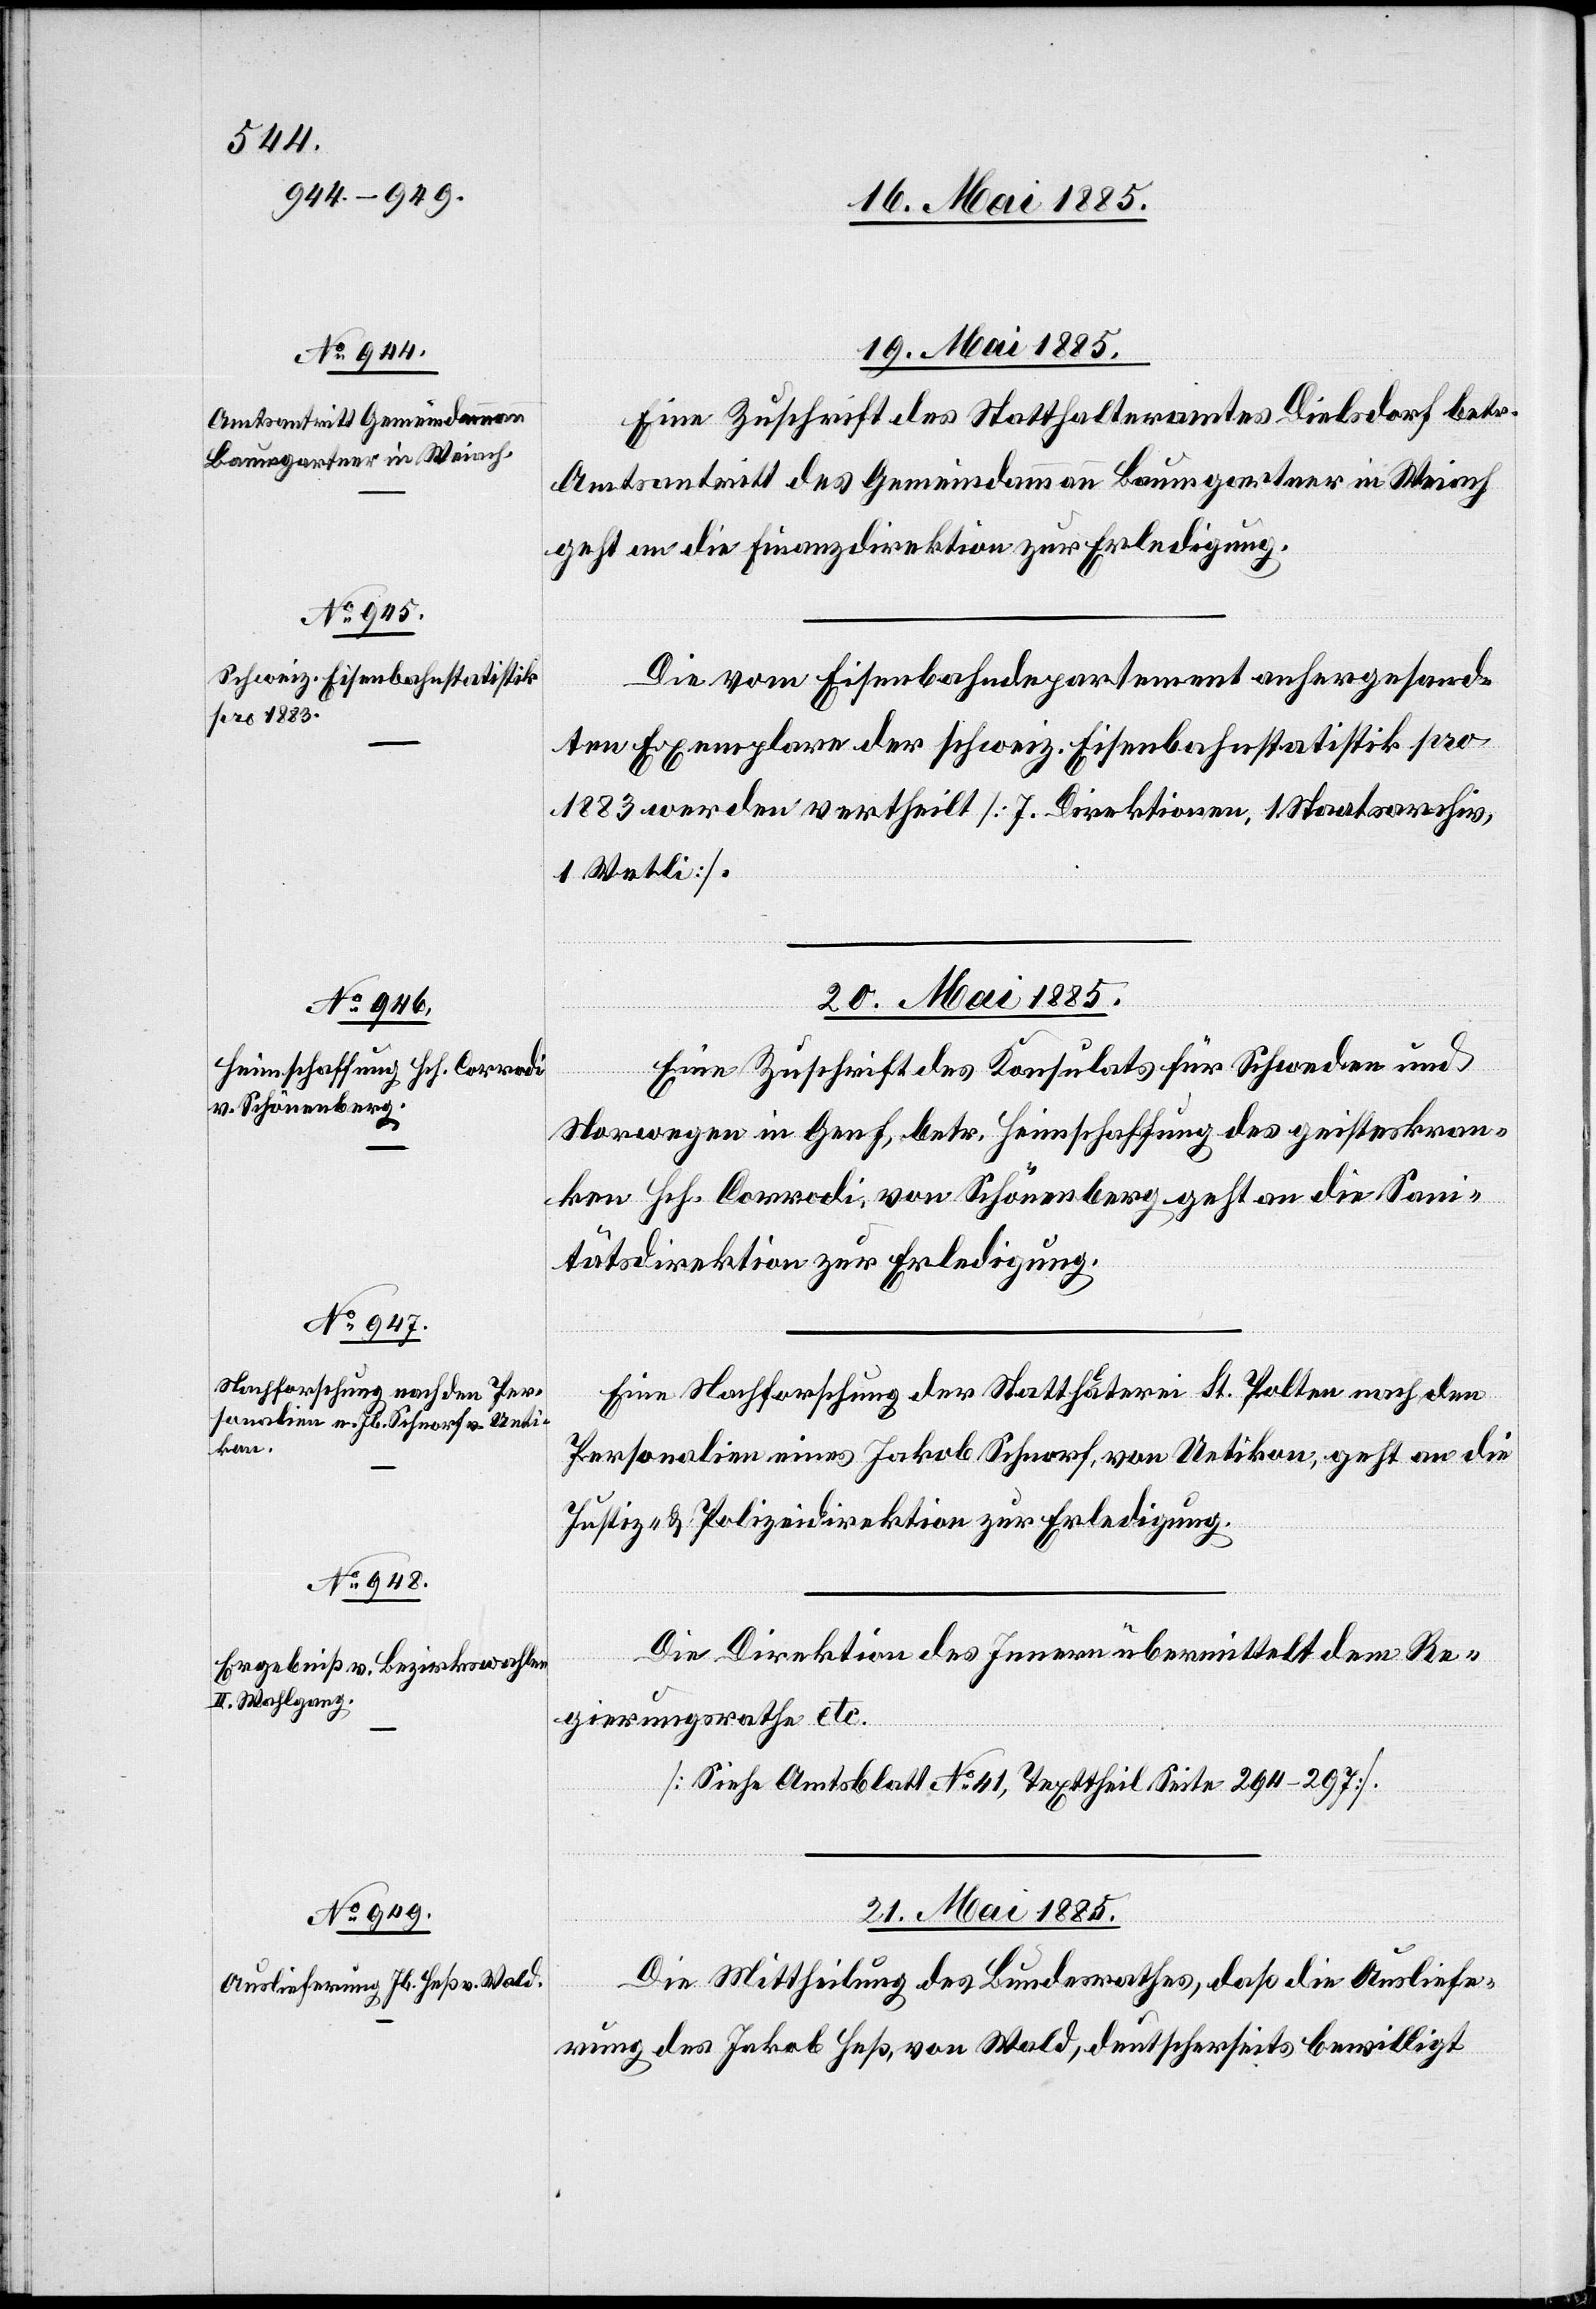
19. Mai 1885.]
Eine Zuschrift des Statthalteramtes Dielsdorf betr.
Amtsantritt des Gemeindammann Baumgartner in Weiach
geht an die Finanzdirektion zur Erledigung.
Die vom Eisenbahndepartement anhergesand¬
ten Exemplare der schweiz. Eisenbahnstatistik pro
1883 werden vertheilt [7 Direktionen, 1 Staatsarchiv,
1 Wetli].
20. Mai 1885.]
Eine Zuschrift des Konsulats für Schweden und
Norwegen in Genf, betr. Heimschaffung des geisteskran¬
ken Hch. Corradi, von Schönenberg geht an die San¬
itätsdirektion zur Erledigung.
Eine Nachforschung der Statthalterei St. Pölten nach den
Personalien eines Jakob Schnorf, von Uetikon, geht an die
Justiz- & Polizeidirektion zur Erledigung.
Die Direktion des Innern übermittelt dem Re¬
gierungsrath etc.
[Siehe Amtsblatt No 41, Texttheil Seite 264–297]
21. Mai 1885.
Die Mittheilung des Bundesrathes, daß die Ausliefe¬
rung des Jakob Heß, von Wald, deutscherseits bewilligt